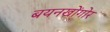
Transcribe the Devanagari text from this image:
बयनखोंगोर